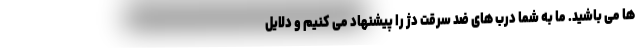
ها می باشید. ما به شما درب های ضد سرقت دژ را پیشنهاد می کنیم و دلایل